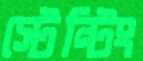
স্টেন্টিং